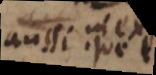
aussi que